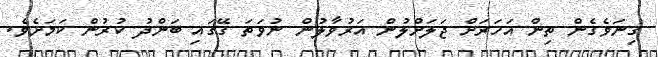
ގިނަވެގެން ތިން އަހަރަށް ޖަލަށްލުން އަރުވާލުން ނުވަތަ ގޭގައި ބަންދު ކުރުން ކަމަށެވެ.